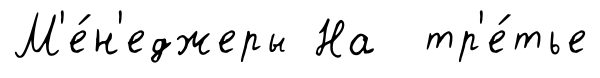
М'е́н'еджеры На тр'е́тье